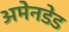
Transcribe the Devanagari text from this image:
अमेनडेड